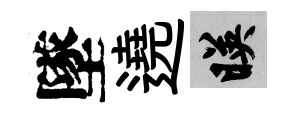
墜遶映